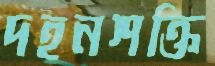
দহনশক্তি